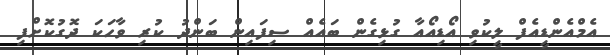
އެމްއެންޑީއެފް ލީކުވި އޯޑިއޯއާ ގުޅިގެން ބައެއް ސިފައިން ބަންދު ކުރި ވާހަކަ ދޮގުކޮށްފި